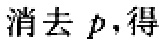
消去 \(p\)，得